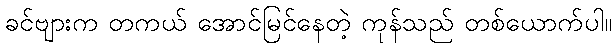
ခင်ဗျားက တကယ် အောင်မြင်နေတဲ့ ကုန်သည် တစ်ယောက်ပါ။